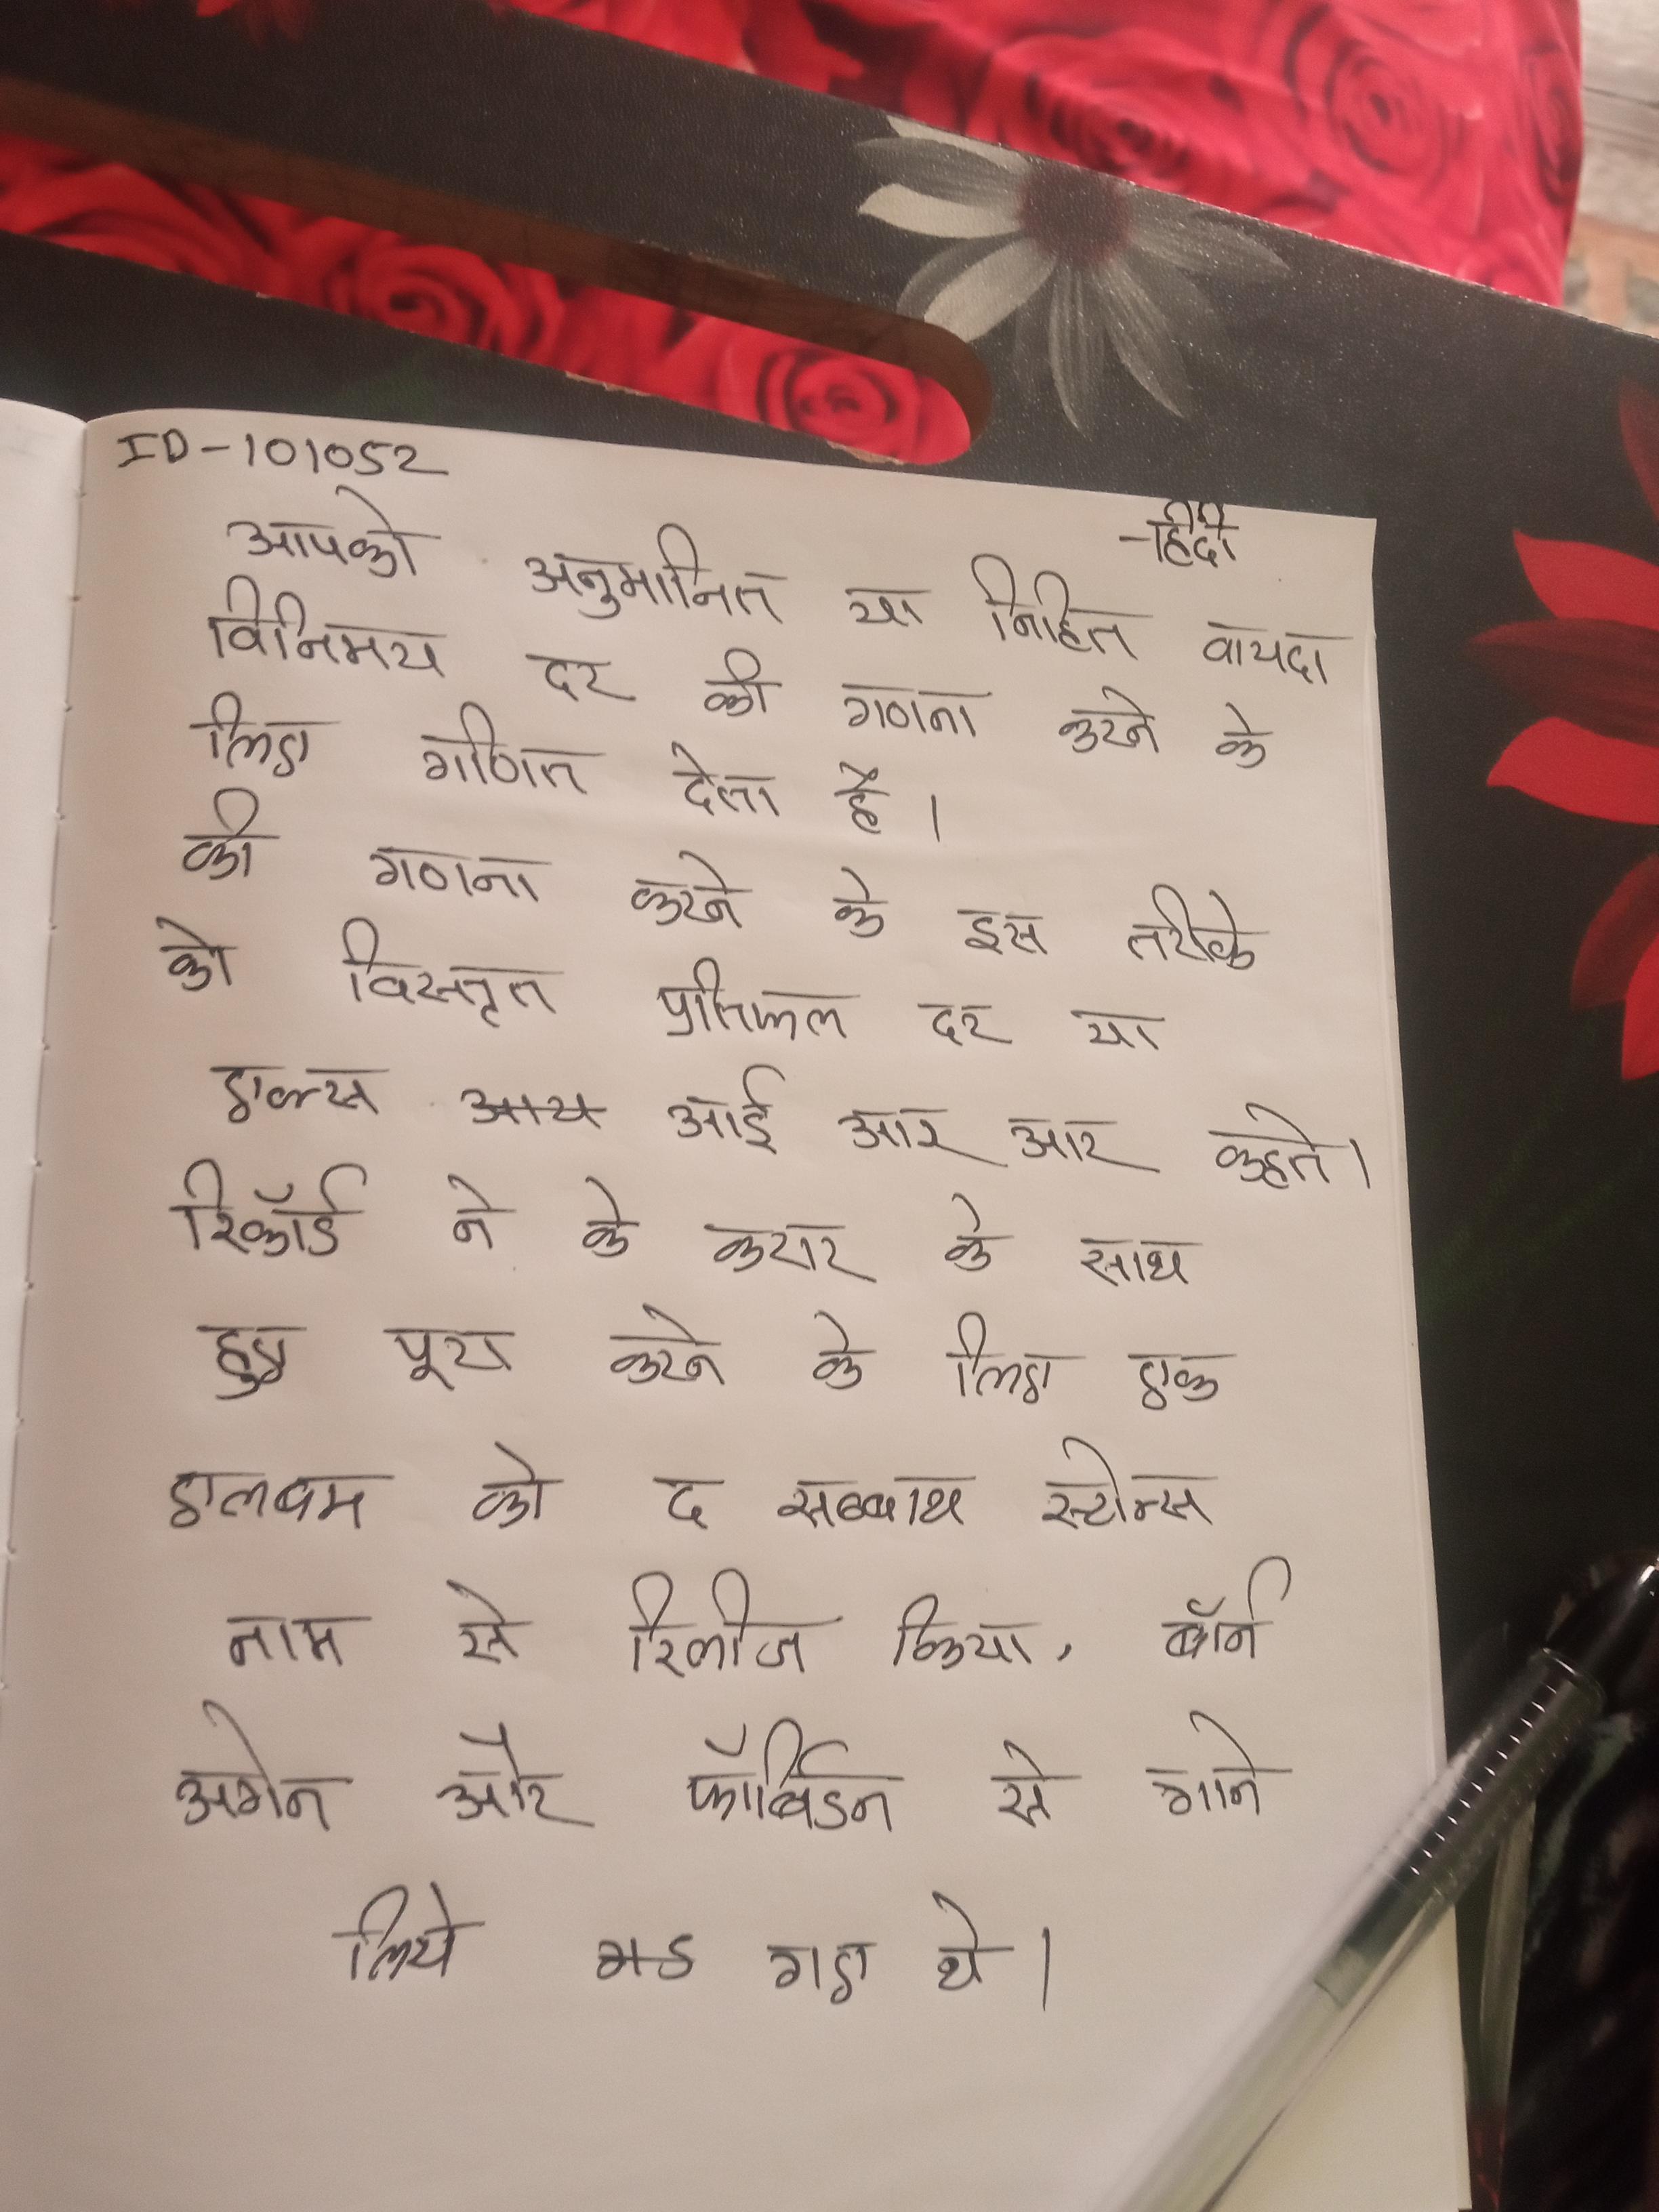
आपको अनुमानित या निहित वायदा विनिमय दर की गणना करने के लिए गणित देता है । की गणना करने के इस तरीके को विस्तृत प्रतिफल दर या एक्स आई आर आर कहते । रिकॉर्ड ने के करार के साथ हुए पूरा करने के लिए एक एलबम को द सब्बाथ स्टोन्स नाम से रिलीज किया, बॉर्न अगेन और फॉर्बिडन से गाने लिये गए थे ।